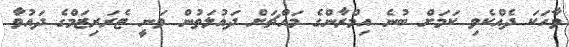
ވާހަކަ ދެއްކެވި ކަމަށް ބުނެ އިމްރާންގެ މައްޗަށް ދައުލަތުން ވަނީ ޓެރަރިޒަމްގެ ދައުވާ